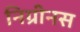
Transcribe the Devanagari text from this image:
निग्रीनस